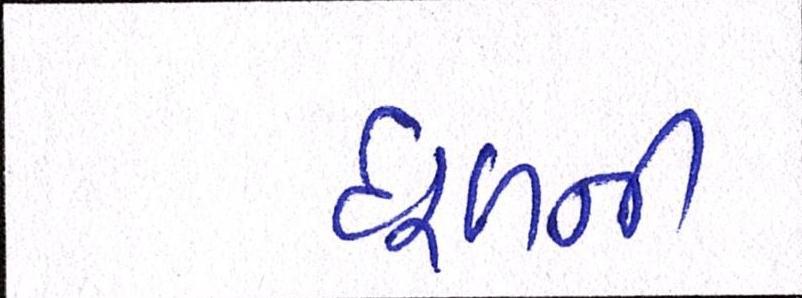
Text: ધૂળની